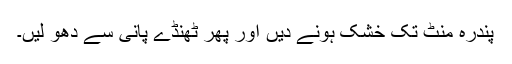
پندرہ منٹ تک خشک ہونے دیں اور پھر ٹھنڈے پانی سے دھو لیں۔